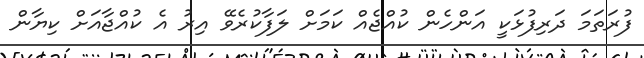
ފުރަތަމަ ދަރިފުޅަކީ އަންހެން ކުއްޖެއް ކަމަށް ލަފާކުރެވޭ އިރު އެ ކުއްޖާއަށް ކިޔާން